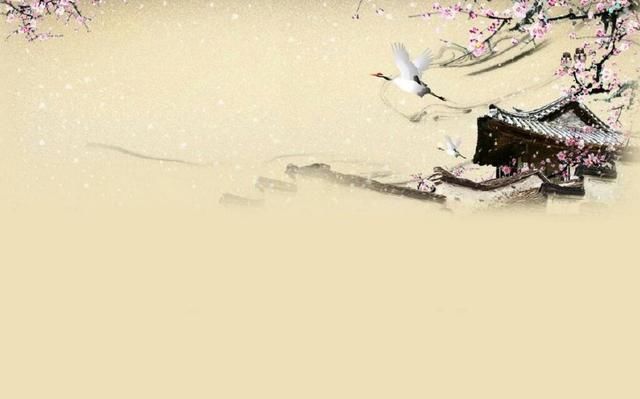
还怕两人俱薄命，再缘悭剩月零风里。